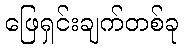
ဖြေရှင်းချက်တစ်ခု